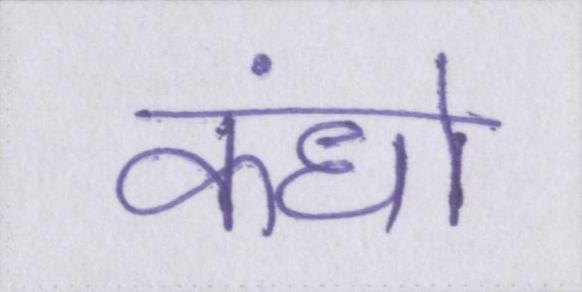
कंधो